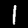
Digit: 1